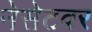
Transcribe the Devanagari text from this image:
नेसेटवर